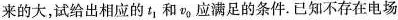
来的大，试给出相应的t_{1}和v_{0}应满足的条件.已知不存在电场